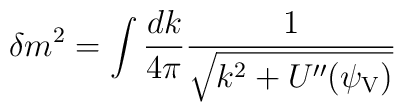
\delta m^2= \int \frac{dk}{4\pi}\frac{1}{\sqrt{k^2+U^{\prime\prime}(\psi_{\rm V})}}